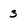
Character: 3